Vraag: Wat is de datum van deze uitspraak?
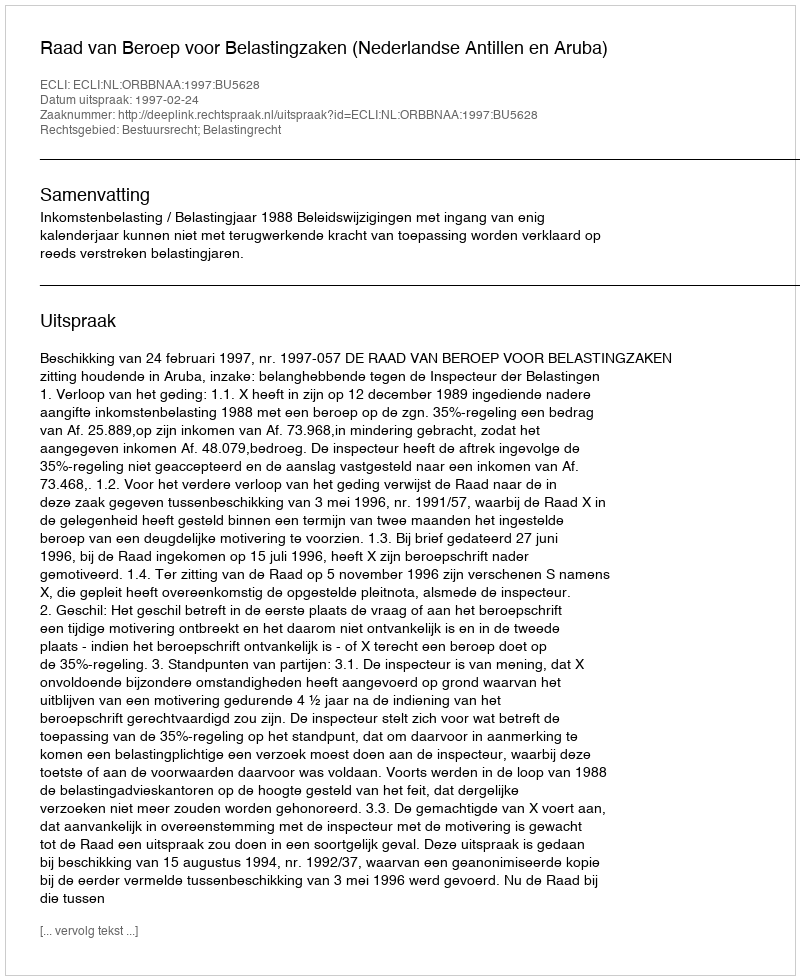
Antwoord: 1997-02-24